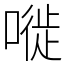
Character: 嘥